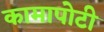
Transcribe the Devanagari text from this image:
कामापोटी